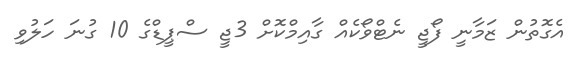
އެގޮތުން ޒަމާނީ ފޯޖީ ނެޓްވޯކެއް ގާއިމްކޮށް 3ޖީ ސްޕީޑްގެ 10 ގުނަ ހަލުވި